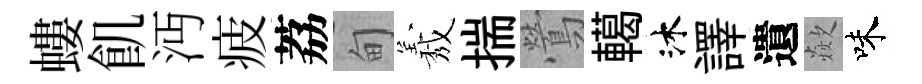
螻飢沔疲荔甸𦏁揣鶯轕沐譯遺歘味